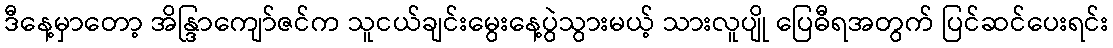
ဒီနေ့မှာတော့ အိန္ဒြာကျော်ဇင်က သူငယ်ချင်းမွေးနေ့ပွဲသွားမယ့် သားလူပျို ပြေဓီရအတွက် ပြင်ဆင်ပေးရင်း